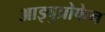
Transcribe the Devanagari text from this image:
आइबुप्रोफेन